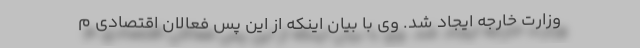
وزارت خارجه ایجاد شد. وی با بیان اینکه از این پس فعالان اقتصادی م